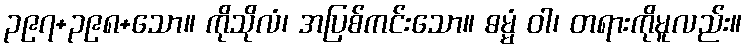
၃၉၇+၃၉၈+သော။ ကိုသိုလံ၊ အပြစ်ကင်းသော။ ဓမ္မံ ဝါ၊ တရားကိုမူလည်း။